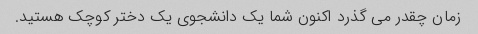
زمان چقدر می گذرد اکنون شما یک دانشجوی یک دختر کوچک هستید.